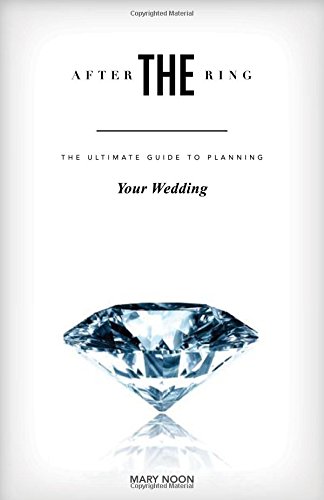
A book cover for After The Ring; Mary Noon; Crafts, Hobbies & Home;